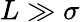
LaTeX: L\gg\sigma